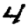
Digit: 4